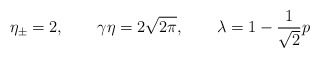
\begin{align*}\eta_{\pm} = 2 , \qquad \gamma\eta = 2 \sqrt{2 \pi} , \qquad\lambda = 1 - \frac{1}{\sqrt{2}} p\end{align*}